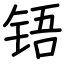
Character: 铻